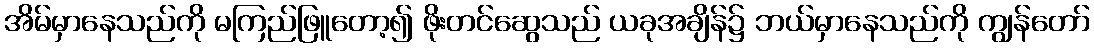
အိမ်မှာနေသည်ကို မကြည်ဖြူတော့၍ ဖိုးတင်ဆွေသည် ယခုအချိန်၌ ဘယ်မှာနေသည်ကို ကျွန်တော်